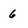
Character: 6